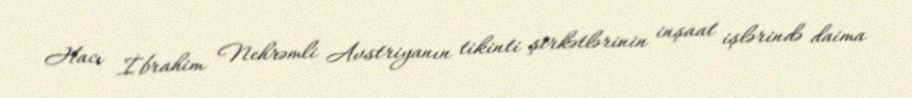
Hacı İbrahim Nehrəmli Avstriyanın tikinti şirkətlərinin inşaat işlərində daima